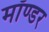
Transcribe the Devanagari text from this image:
मॉण्डर